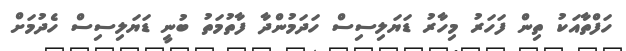
ހަފްތާއަކު ތިން ފަހަރު މިހާރު ޑަޔަލިސިސް ހަދަމުންދާ ފާތުމަތު ބުނީ ޑަޔަލިސިސް ހެދުމަށް